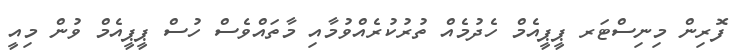
ފޮރިން މިނިސްޓަރ ޕީޕީއެމް ހެދުމެއް ތުރުކުރެއްވުމާއި މާތައްވެސް ހުސް ޕީޕީއެމް ވުން މިއީ